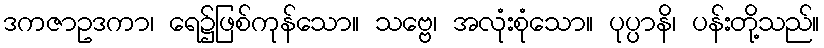
ဒကဇာဥဒကာ၊ ရေ၌ဖြစ်ကုန်သော။ သဗ္ဗေ၊ အလုံးစုံသော။ ပုပ္ပာနိ၊ ပန်းတို့သည်။